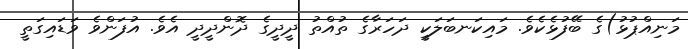
މަނިއްޕުޅު)ގެ ބޭފުޅެކެވެ. މައިކަނބަލަކީ ދަހަރާގެ ތުއްތު ދީދީގެ ދޮންދީދީ އެވެ. އުފަންވެ ވަޑައިގަތީ